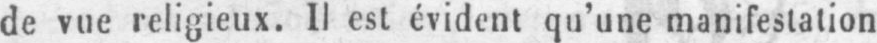
de vue religieux. Il est évident qu’une manifestation